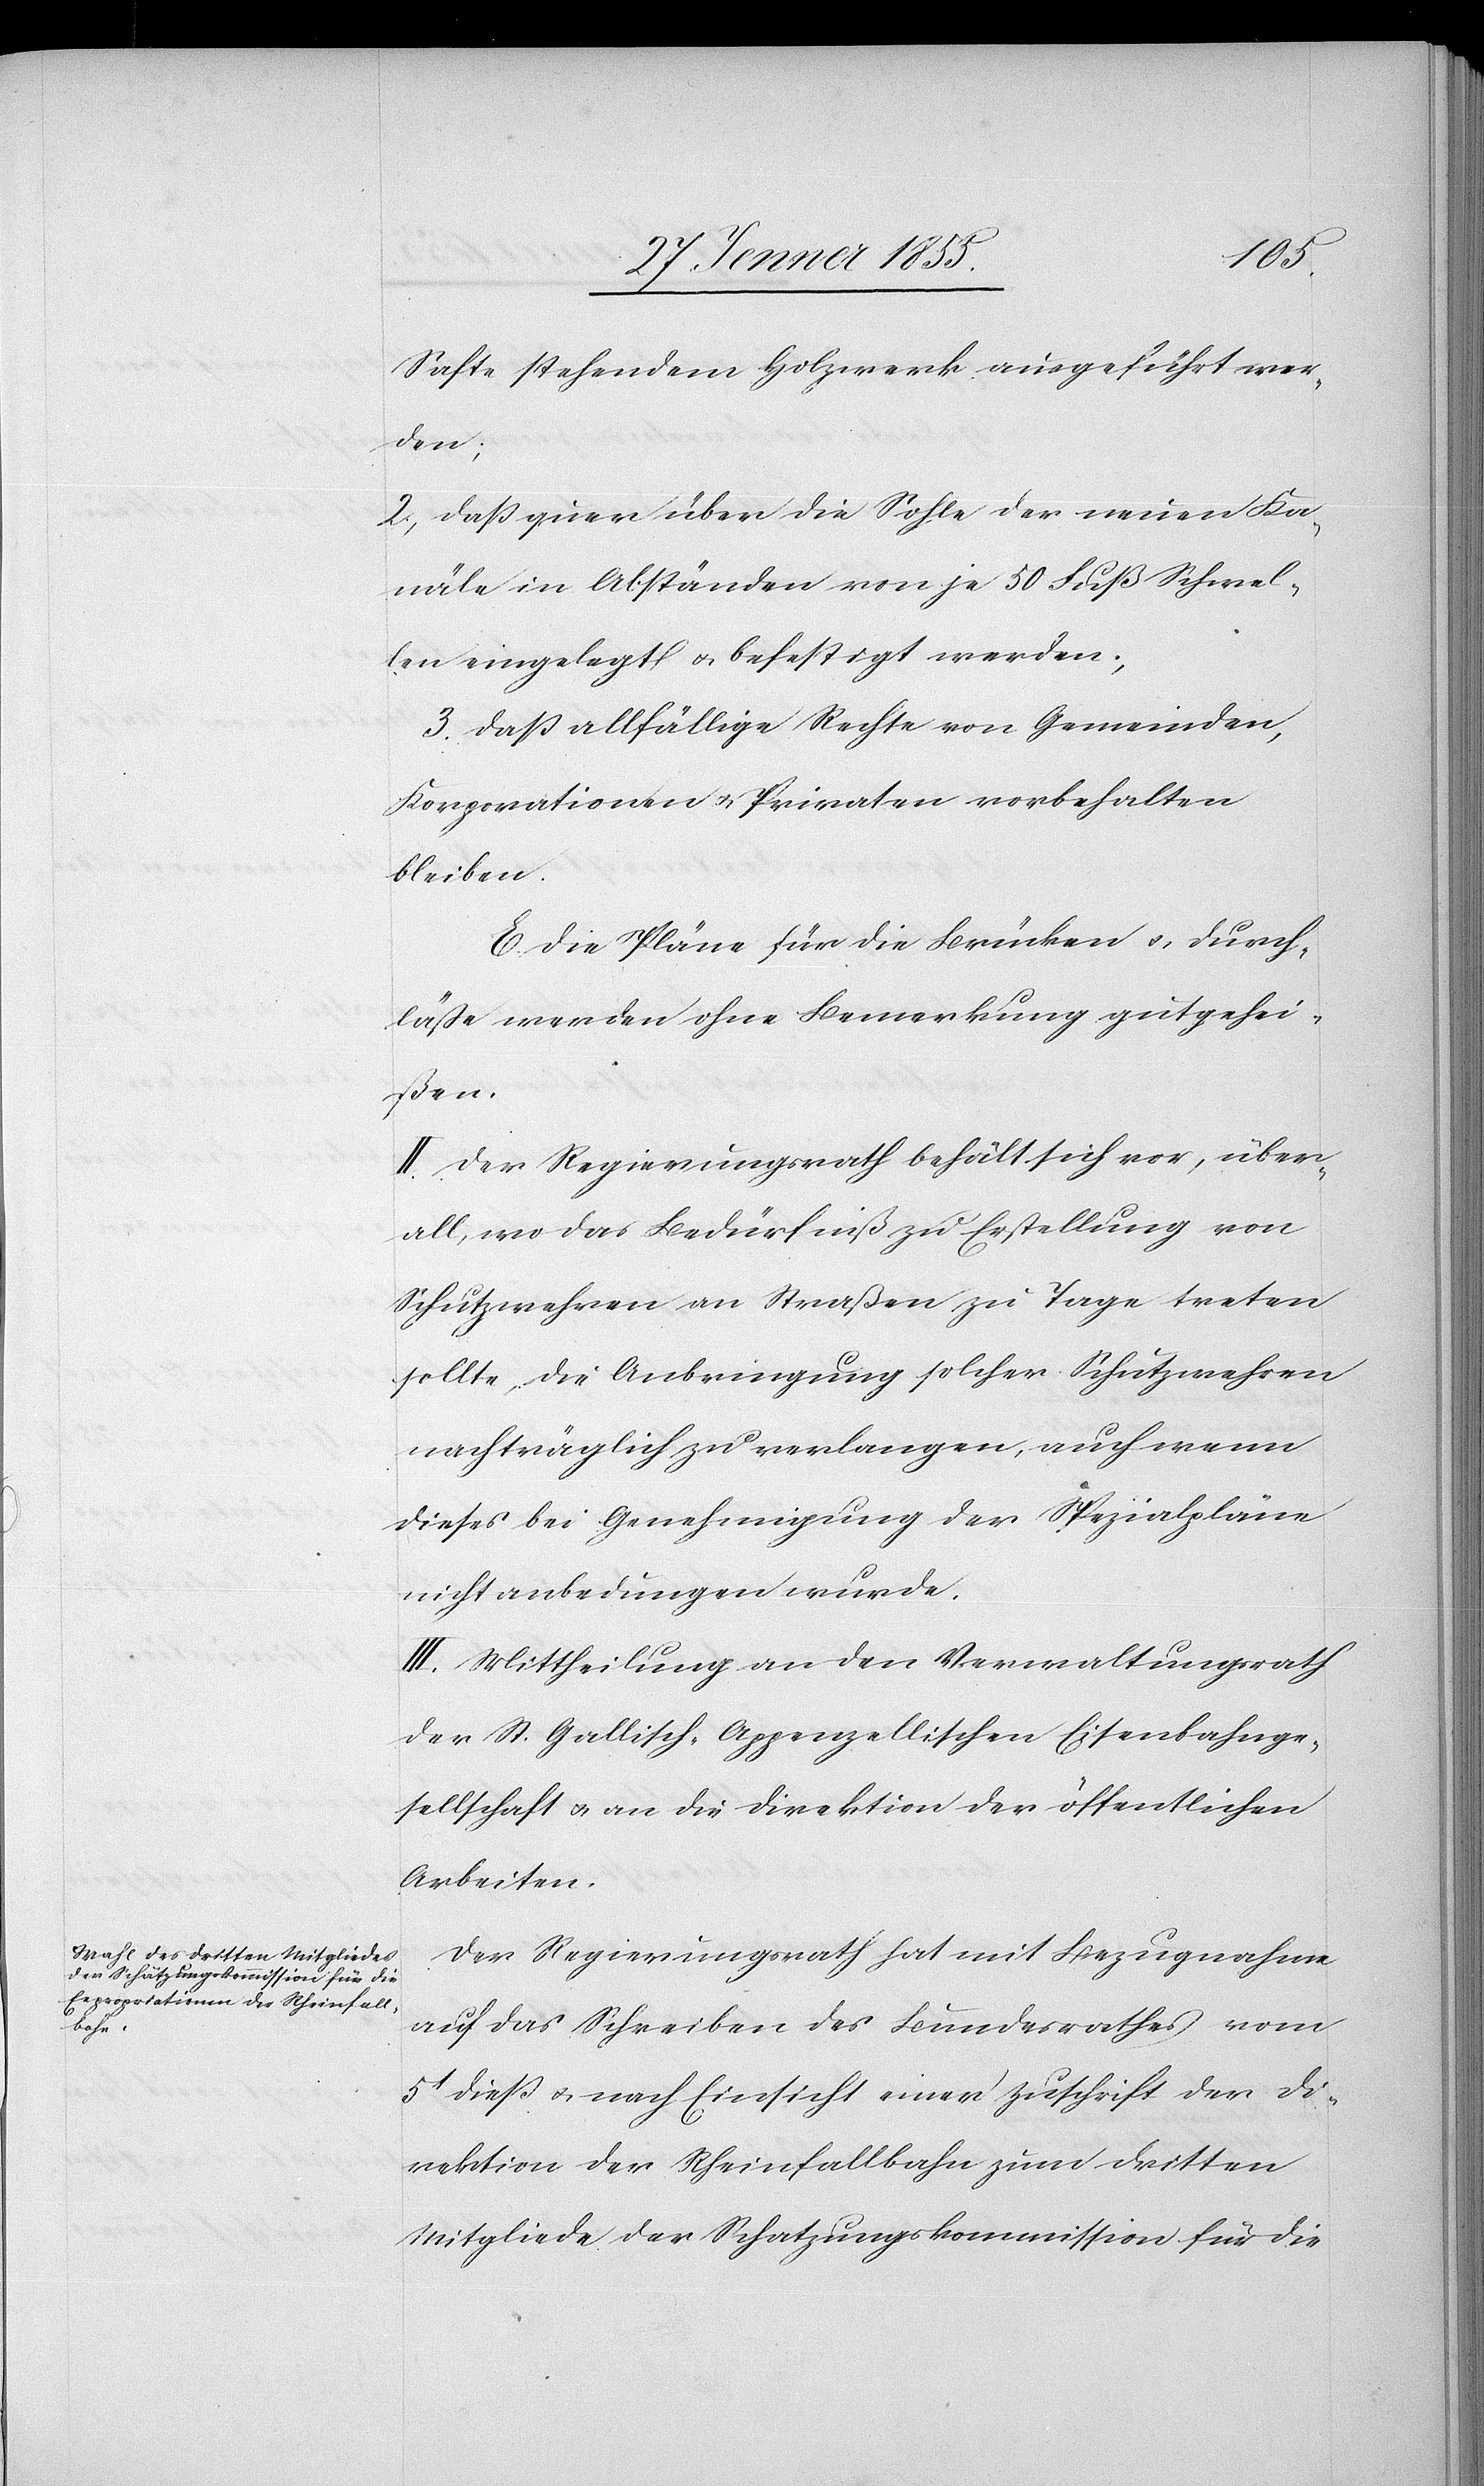
Safte stehendem Holzwerk ausgeführt wer¬
den;
2, daß quer über die Sohle der neuen Ka¬
näle in Abständen von je 50 Fuß Schwel¬
len eingelegt & befestigt werden;
3. daß allfällige Rechte von Gemeinden,
Korporationen & Privaten vorbehalten
bleiben.
E. Die Pläne für die Brücken & Durch¬
läße werden ohne Bemerkung gutgehei¬
ßen.
II. Der Regierungsrath behält sich vor, über¬
all, wo das Bedürfniß zu Erstellung von
Schutzwehren an Straßen zu Tage treten
sollte, die Anbringung solcher Schutzwehren
nachträglich zu verlangen, auch wenn
dieses bei Genehmigung der Spezialpläne
nicht anbedungen wurde.
III. Mittheilung an den Verwaltungsrath
der St. Gallisch-Appenzellischen Eisenbahnge¬
sellschaft & an die Direktion der öffentlichen
Arbeiten.
Der Regierungsrath hat mit Bezugnahme
auf das Schreiben des Bundesrathes vom
5t dieß & nach Einsicht einer Zuschrift der Di¬
rektion der Rheinfallbahn zum dritten
Mitgliede der Schatzungskommission für die